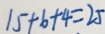
1 5 + 6 + 4 = 2 5